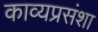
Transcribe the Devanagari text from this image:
काव्यप्रसंशा